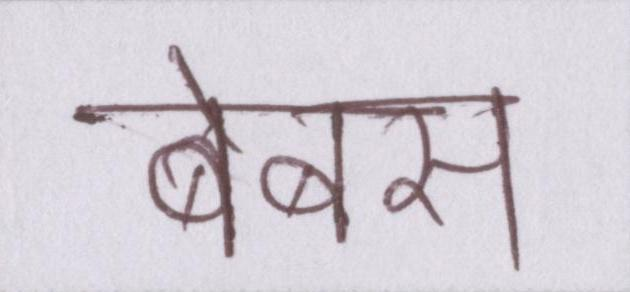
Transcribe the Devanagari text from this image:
बेबस